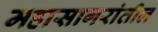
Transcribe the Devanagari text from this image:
महासागरांतील